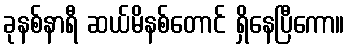
ခုနစ်နာရီ ဆယ်မိနစ်တောင် ရှိနေပြီကော။